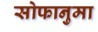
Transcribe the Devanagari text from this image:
सोफानुमा